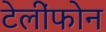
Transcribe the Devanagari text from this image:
टेलींफोन